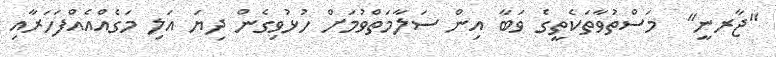
"ޖާރނީ"  މަސްތުވާތަކެތީގެ ވަބާ އިން ސަލާމަތްވުމަށް ހުޅުވިގެން ދިޔަ އަލި މަގެއްއެއްފަހަރާއި